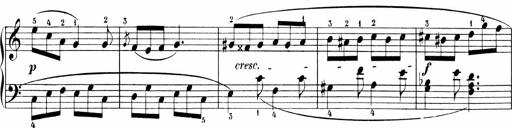
Title: 6 Sonatinas
Composer: Carl Reinecke